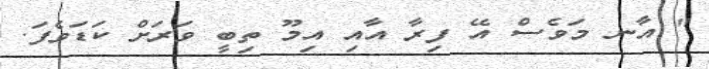
" އާނ މަވެސް އޭ ފިރާ އާއި އިމޫ ތިބީ ވަރަށް ކަޑަވެފަ.